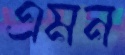
এমন